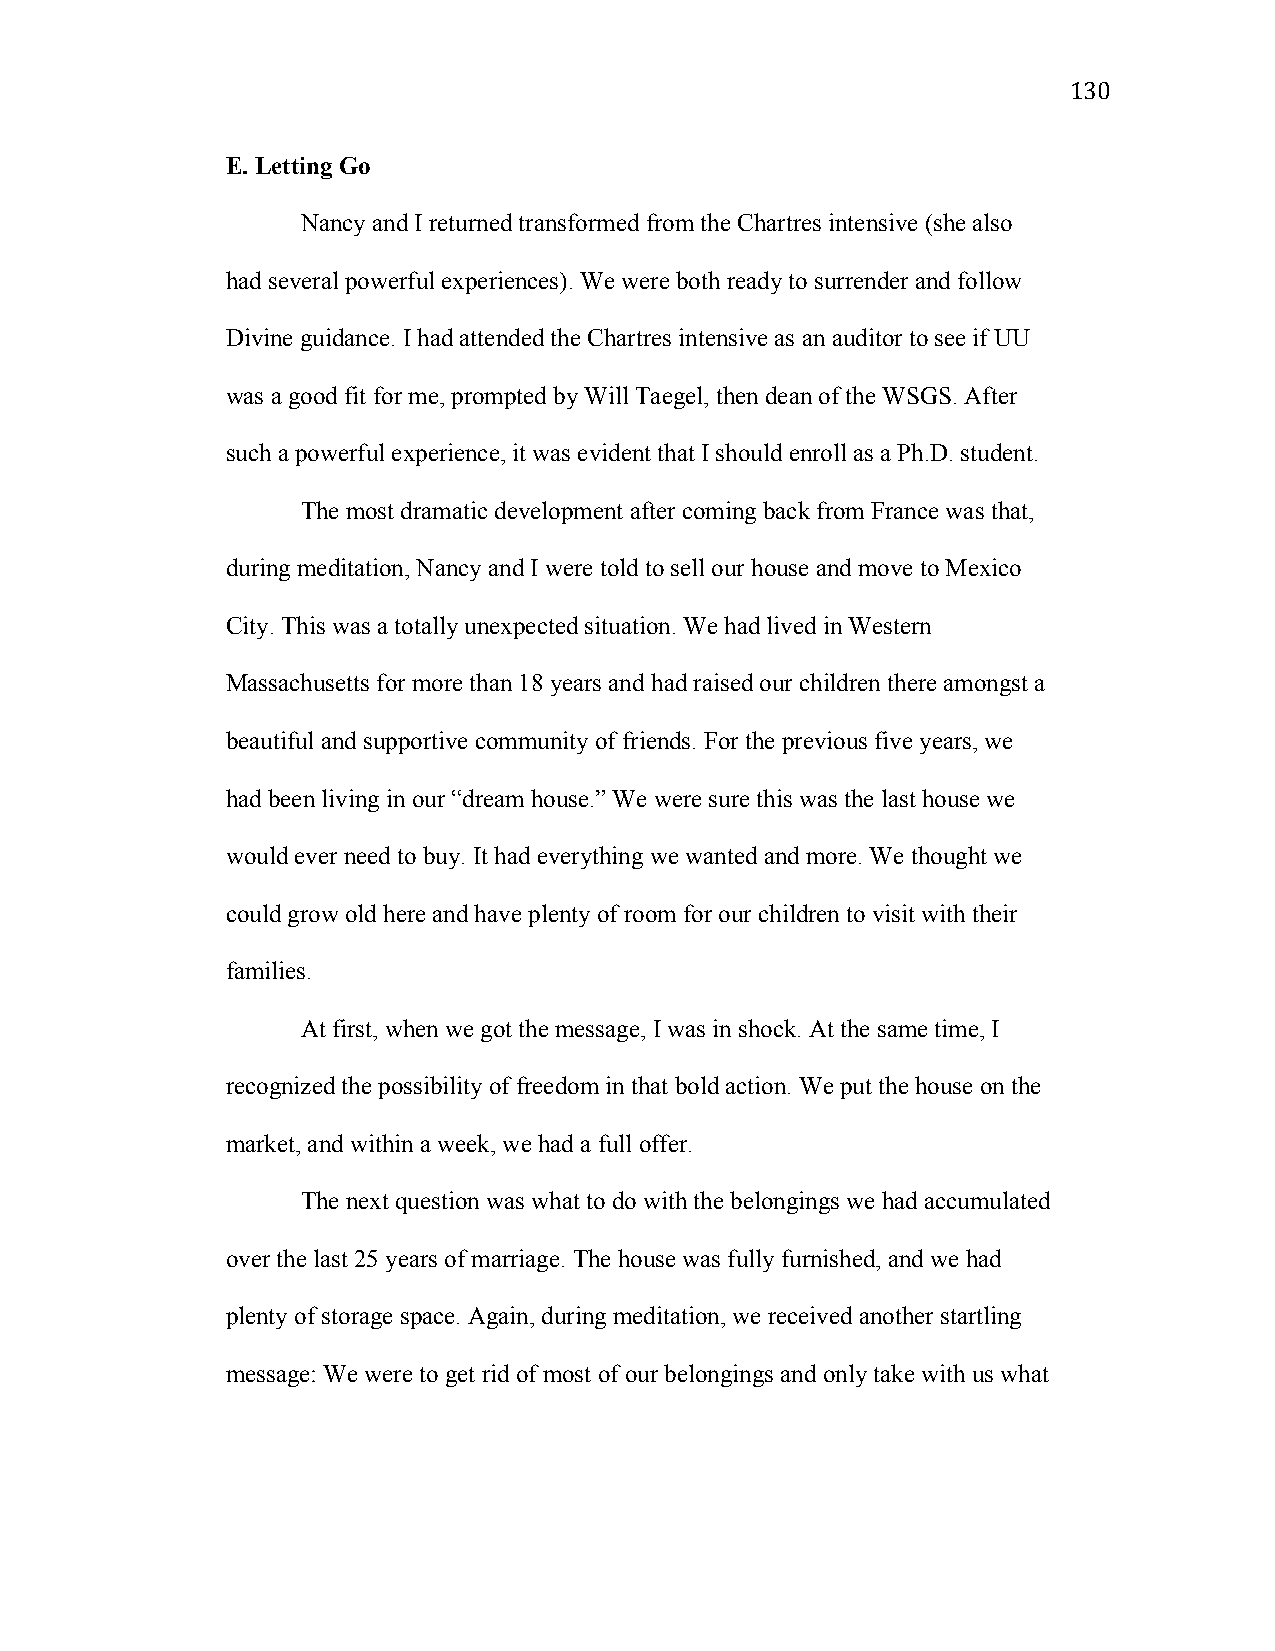
130
 E. Letting Go
 Nancy and I returned transformed from the Chartres intensive (she also
 had several powerful experiences). We were both ready to surrender and follow
 Divine guidance. I had attended the Chartres intensive as an auditor to see if UU
 was a good fit for me, prompted by Will Taegel, then dean of the WSGS. After
 such a powerful experience, it was evident that I should enroll as a Ph.D. student.
 The most dramatic development after coming back from France was that,
 during meditation, Nancy and I were told to sell our house and move to Mexico
 City. This was a totally unexpected situation. We had lived in Western
 Massachusetts for more than 18 years and had raised our children there amongst a
 beautiful and supportive community of friends. For the previous five years, we
 had been living in our “dream house.” We were sure this was the last house we
 would ever need to buy. It had everything we wanted and more. We thought we
 could grow old here and have plenty of room for our children to visit with their
 families.
 At first, when we got the message, I was in shock. At the same time, I
 recognized the possibility of freedom in that bold action. We put the house on the
 market, and within a week, we had a full offer.
 The next question was what to do with the belongings we had accumulated
 over the last 25 years of marriage. The house was fully furnished, and we had
 plenty of storage space. Again, during meditation, we received another startling
 message: We were to get rid of most of our belongings and only take with us what